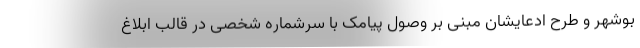
بوشهر و طرح ادعایشان مبنی بر وصول پیامک با سرشماره شخصی در قالب ابلاغ